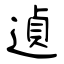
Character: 遉